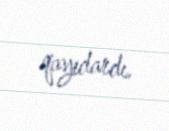
qayıdardı.